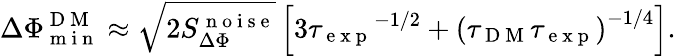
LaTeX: \Delta\Phi_{\mathrm{~m~i~n~}}^{\mathrm{~D~M~}}\approx\sqrt{2S_{\Delta\Phi}^{\mathrm{~n~o~i~s~e~}}}\left[3{\tau_{\mathrm{~e~x~p~}}}^{-1/2}+\left(\tau_{\mathrm{~D~M~}}\tau_{\mathrm{~e~x~p~}}\right)^{-1/4}\right].